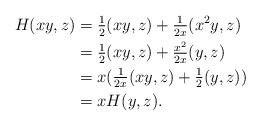
\begin{align*} H(xy,z) &= \tfrac{1}{2}(xy,z) + \tfrac{1}{2x}(x^2y,z) \\ &= \tfrac{1}{2}(xy,z) + \tfrac{x^2}{2x}(y,z)\\ &= x(\tfrac{1}{2x}(xy,z) + \tfrac{1}{2}(y,z))\\ &= x H(y,z).\end{align*}